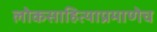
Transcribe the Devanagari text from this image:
लोकसाहित्याप्रमाणेच